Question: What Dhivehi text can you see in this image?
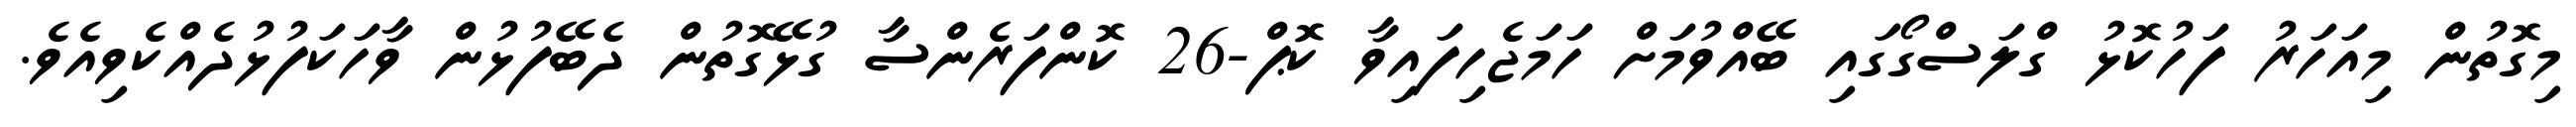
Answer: މިގޮތުން މިއަހަރު ފަހުކޮޅު ގްލަސްގޯގައި ބޭއްވުމަށް ހަމަޖެހިފައިވާ ކޮޕް-26 ކޮންފަރެންސާ ގުޅޭގޮތުން ދެބޭފުޅުން ވާހަކަފުޅުދެއްކެވިއެވެ.